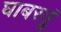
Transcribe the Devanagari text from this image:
घाबरवूं